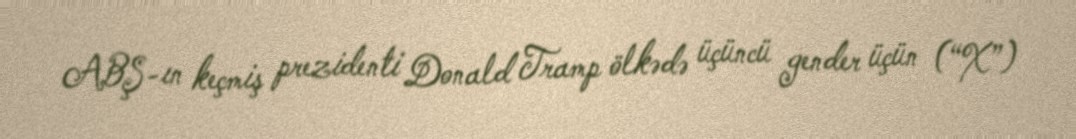
ABŞ-ın keçmiş prezidenti Donald Tramp ölkədə üçüncü gender üçün (“X”)